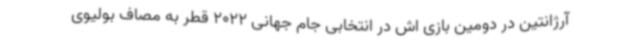
آرژانتین در دومین بازی اش در انتخابی جام جهانی 2022 قطر به مصاف بولیوی